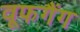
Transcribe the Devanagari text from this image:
वूफगैंग